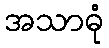
အသာဓုံ